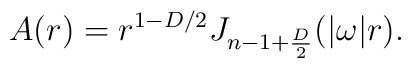
A(r)= r^{1-D/2} J_{n-1+{D\over 2}}(|\omega| r).